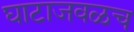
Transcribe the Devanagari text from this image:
घाटाजवळच